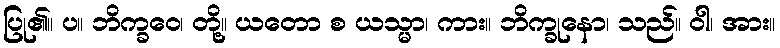
ပြု၏။ ပ။ ဘိက္ခဝေ၊ တို့။ ယတော စ ယသ္မာ၊ ကား။ ဘိက္ခုနော၊ သည်။ ဝါ၊ အား။